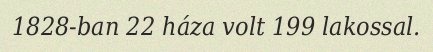
1828-ban 22 háza volt 199 lakossal.